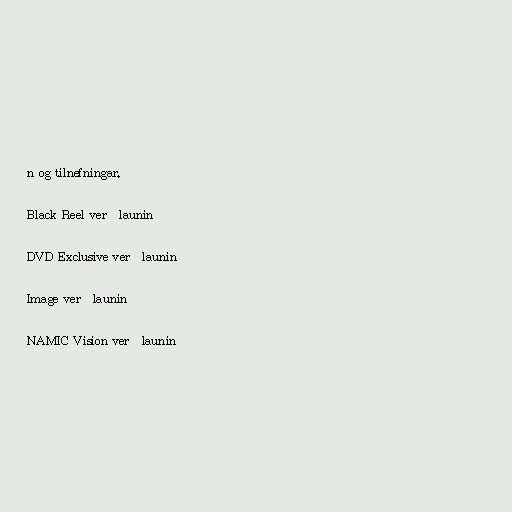
n og tilnefningar.

Black Reel verðlaunin

DVD Exclusive verðlaunin

Image verðlaunin

NAMIC Vision verðlaunin